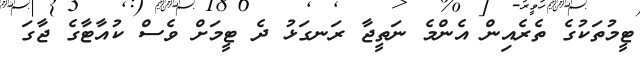
ޓީމުތަކުގެ ތެރެއިން އެންމެ ނަތީޖާ ރަނގަޅު ދެ ޓީމަށް ވެސް ކުއާޓާގެ ޖާގަ